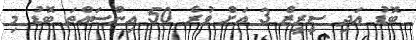
ބޮޑު އަދި ސީރީޒް 3 އަށް ވުރެ 50 އިންސައްތަ ބޮޑު މި